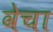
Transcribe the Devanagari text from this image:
वेचा